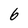
Character: 6